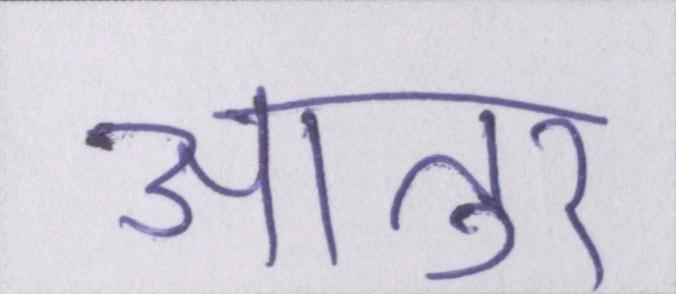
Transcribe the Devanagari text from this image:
आतुर